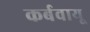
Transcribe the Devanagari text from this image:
कर्बवायू